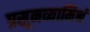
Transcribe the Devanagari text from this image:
प्रसूनव्यामिश्रं